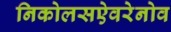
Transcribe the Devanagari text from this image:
निकोलसऐवरेनोव